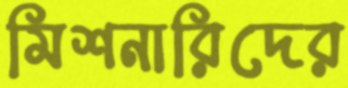
মিশনারিদের